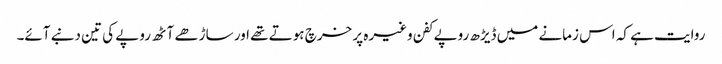
روایت ہے کہ اس زمانے میں ڈیڑھ روپے کفن وغیرہ پر خرچ ہوتے تھے اور ساڑھے آٹھ روپے کی تین دنبے آئے۔